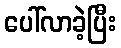
ပေါ်လာခဲ့ပြီး